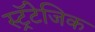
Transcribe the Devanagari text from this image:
स्ट्रॅटेजिक